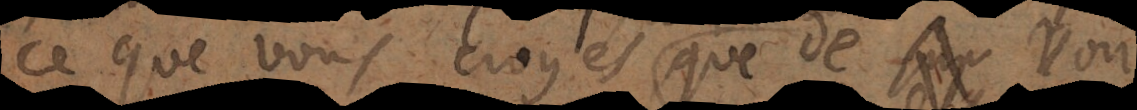
ce que vous croyés que de voir